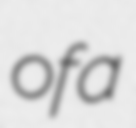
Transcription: of a